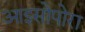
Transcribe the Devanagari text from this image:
आइसोपोरा